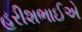
હરીશભાઈએ